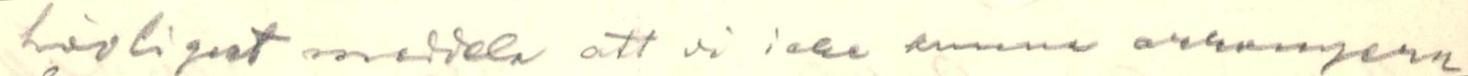
hövligast meddela att vi icke kunna arrangera